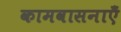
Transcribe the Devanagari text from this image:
कामवासनाएँ